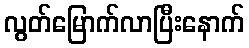
လွတ်မြောက်လာပြီးနောက်